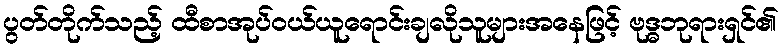
ပွတ်တိုက်သည့် ထီစာအုပ်ဝယ်ယူရောင်းချလိုသူများအနေဖြင့် ဗုဒ္ဓဘုရားရှင်၏